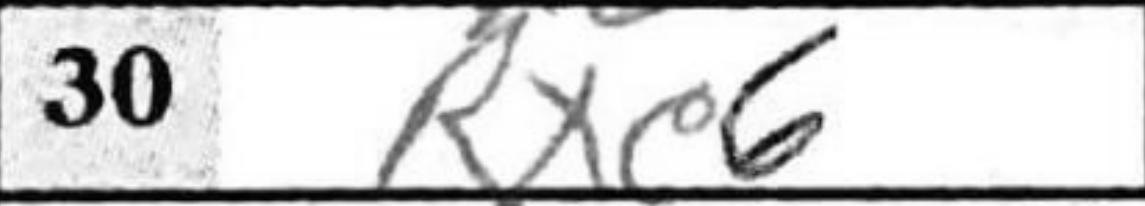
Transcription: Rxc6